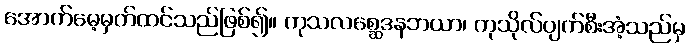
အောက်မေ့မှတ်ထင်သည်ဖြစ်၍။ ကုသလစ္ဆေဒနဘယာ၊ ကုသိုလ်ပျက်စီးအံ့သည်မှ